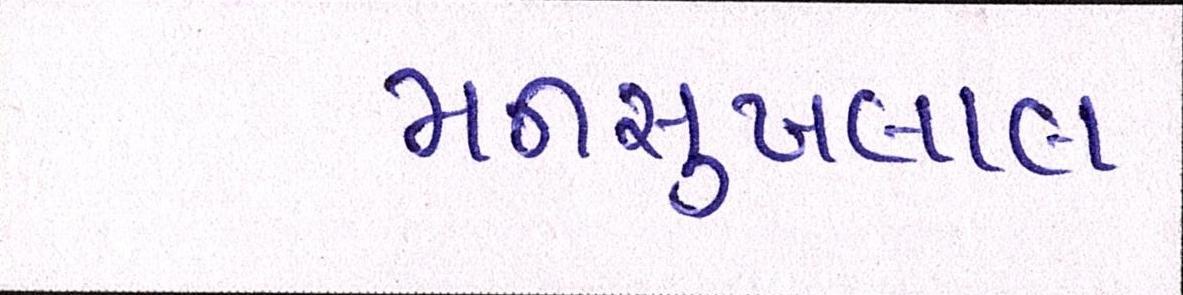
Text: મનસુખલાલ